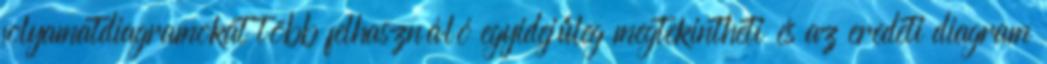
folyamatdiagramokat több felhasználó egyidejűleg megtekintheti és az eredeti diagram